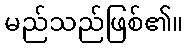
မည်သည်ဖြစ်၏။